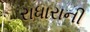
રાધારાની